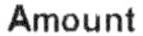
AMOUNT